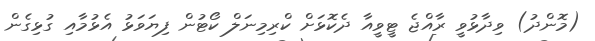
(މޮންދު) ވިދާޅުވީ ރާއްޖެ ޓީވީއާ ދެކޮޅަށް ކްރިމިނަލް ކޯޓުން ފިޔަވަޅު އެޅުމާއި ގުޅިގެން